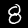
Label: 8